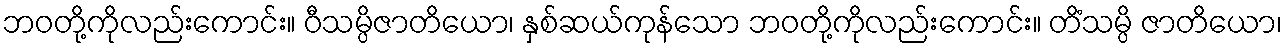
ဘဝတို့ကိုလည်းကောင်း။ ဝီသမ္ပိဇာတိယော၊ နှစ်ဆယ်ကုန်သော ဘဝတို့ကိုလည်းကောင်း။ တိံသမ္ပိ ဇာတိယော၊